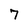
Character: 7